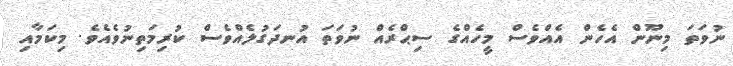
ނުވަތަ މިނޫން އެހެން އެއްވެސް މީހެއްގެ ސިޙްރެއް ނުވަތަ އުނދަގުލެއްވެސް ކުރިމަތިނުވެއެވެ. މިކަމާއި